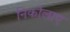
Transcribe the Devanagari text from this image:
निकोलाए